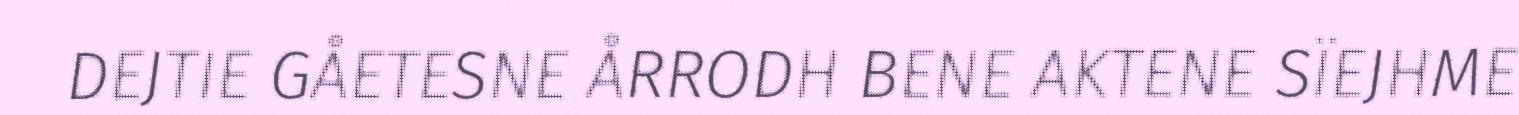
DEJTIE GÅETESNE ÅRRODH BENE AKTENE SÏEJHME